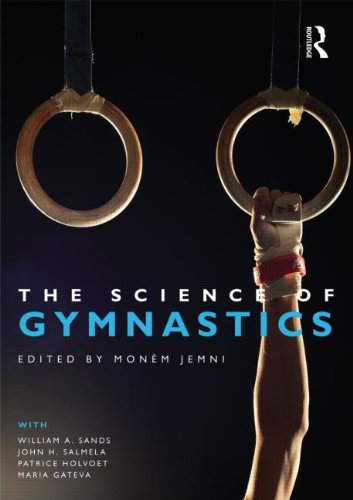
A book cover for The Science of Gymnastics; Sports & Outdoors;